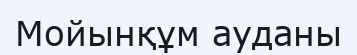
Мойынқұм ауданы